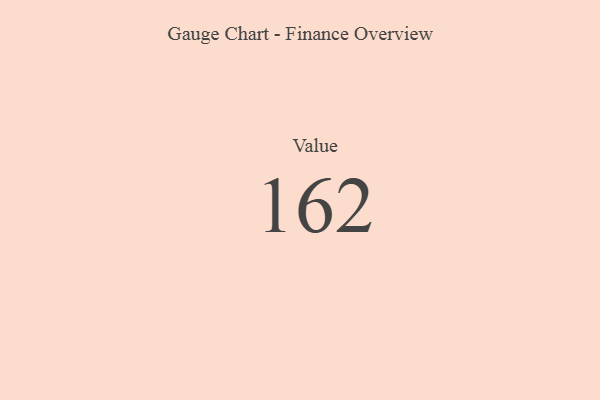
{"axis": {"x": "Metric", "y": "Value"}, "legend": [""], "data": [{"x": "Value", "y": 162, "type": ""}]}